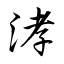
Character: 涍